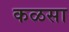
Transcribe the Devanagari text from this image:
कळसा